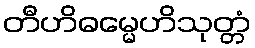
တီဟိဓမ္မေဟိသုတ္တံ